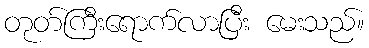
တုတ်ကြီးရောက်လာပြီး မေးသည်။